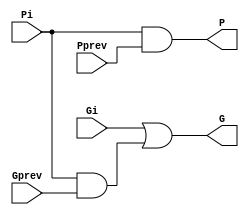
module bigCircle(
    input Pi,
    input Gi,
    input Pprev,
    input Gprev,
    output P,
    output G
);
	
	wire w;
	
	and and0 (P, Pi, Pprev);
	and and1 (w, Pi, Gprev);
	or or0 (G, Gi, w);
	
endmodule